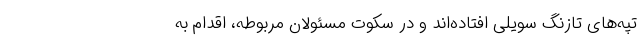
تپه‌های تازنگ سویلی افتاده‌اند و در سکوت مسئولان مربوطه، اقدام به